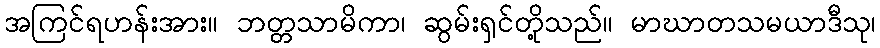
အကြင်ရဟန်းအား။ ဘတ္တသာမိကာ၊ ဆွမ်းရှင်တို့သည်။ မာဃာတသမယာဒီသု၊